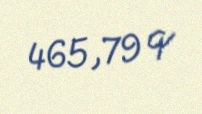
465,79 q